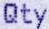
QTY